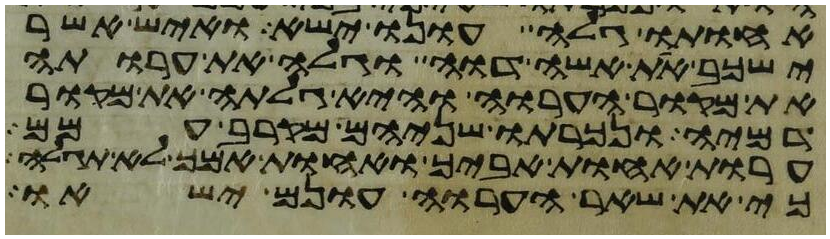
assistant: אחותו גלה עונו ישא ואיש אשר
ישכב את אשה דוה וגלה את ערותה
את מקור הערוה והיא גלתה את מקור
דמיה ונכרתו שניהם מקרב עמם
ערות אחות אביך ואחות אמך לא תגלה
כי את שאר הערוה עונם ישאו